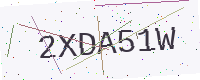
Text: 2XDA51W